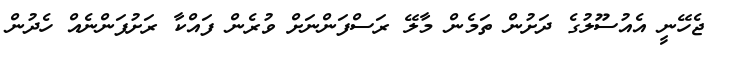
ޖެހޭނީ އެއުސޫލުގެ ދަށުން ތަމެން މާލޭ ރަސްފަންނަށް ވުރެން ފައްކާ ރަށުފަންނެއް ހެދުން